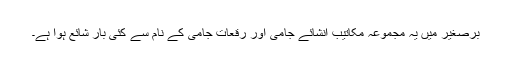
برصغیر میں یہ مجموعہ مکاتیب انشائے جامی اور رقعات جامی کے نام سے کئی بار شائع ہوا ہے۔